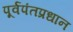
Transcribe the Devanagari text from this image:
पूर्वपंतप्रधान